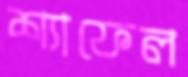
শ্যাফেল